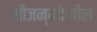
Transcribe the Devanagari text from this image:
सौजन्यदेखील